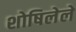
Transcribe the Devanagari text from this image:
शोषिलेले